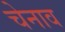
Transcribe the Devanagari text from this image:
चेनाव